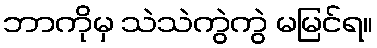
ဘာကိုမှ သဲသဲကွဲကွဲ မမြင်ရ။